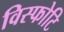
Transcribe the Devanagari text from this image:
विस्फोटि